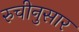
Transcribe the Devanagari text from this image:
रुचीनुसार